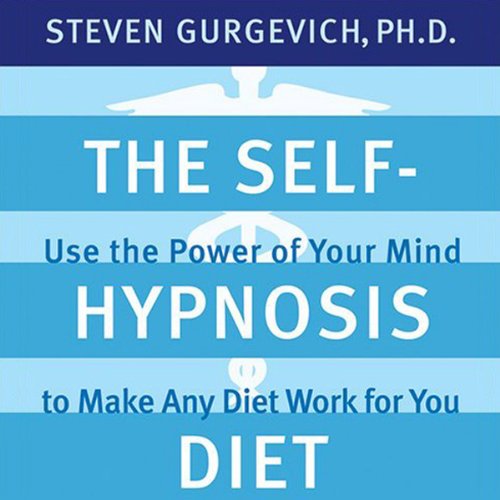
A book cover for The Self-Hypnosis Diet: Use the Power of Your Mind to Make Any Diet Work for You; Steven Gurgevich; Health, Fitness & Dieting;